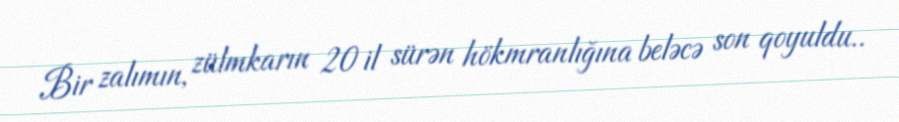
Bir zalımın, zülmkarın 20 il sürən hökmranlığına beləcə son qoyuldu..